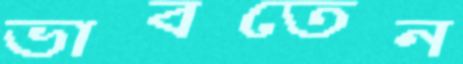
ভাবতেন